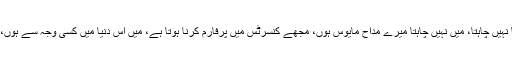
اس پر مائیکل جیکشن نے انہیں جواب دیا کہ ’برٹ میٹ میں بیمار ہونا نہیں چاہتا، میں نہیں چاہتا میرے مداح مایوس ہوں، مجھے کنسرٹس میں پرفارم کرنا ہوتا ہے، میں اس دنیا میں کسی وجہ سے ہوں، میں اپنی آواز کو نقصان نہیں پہنچا سکتا، مجھے صحت مند رہنا ہے‘۔